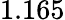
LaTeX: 1.165